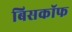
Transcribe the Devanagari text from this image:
बिसकॉफ